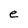
Character: e